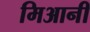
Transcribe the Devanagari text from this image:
मिआनी